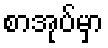
စာအုပ်မှာ